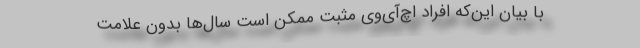
با بیان این‌‌که افراد اچ‌‌آی‌‌وی مثبت ممکن است سال‌‌ها بدون علامت